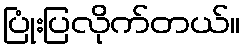
ပြုံးပြလိုက်တယ်။